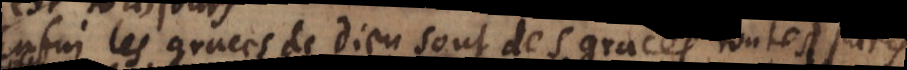
Enfin les graces de Dieu sont des graces toutes pures,